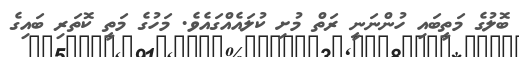
ބޮލުގެ މަތީބައި ހުންނަނީ ރަތް މުށި ކުލައެއްގައެވެ. މަހުގެ މަތީ ކޮތަރި ބައިގެ